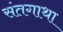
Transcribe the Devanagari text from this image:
संतगाथा